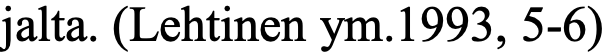
jalta. (Lehtinen ym.1993, 5-6)